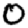
Digit: 0